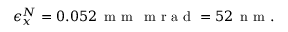
\epsilon _ { x } ^ { N } = 0 . 0 5 2 \, \mathrm { ~ m ~ m ~ } \, \mathrm { ~ m ~ r ~ a ~ d ~ } = 5 2 \, \mathrm { ~ n ~ m ~ } .